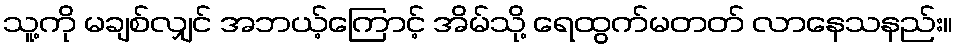
သူ့ကို မချစ်လျှင် အဘယ့်ကြောင့် အိမ်သို့ ရေထွက်မတတ် လာနေသနည်း။